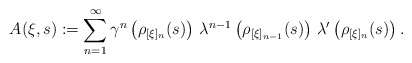
\begin{align*}A ( \xi, s ) := \sum _{n=1} ^\infty \gamma ^n \left( \rho _{[\xi] _n} (s) \right) \, \lambda ^{n-1} \left( \rho _{[\xi] _{n-1}} (s) \right) \, \lambda ' \left( \rho _{[\xi] _n} (s) \right) .\end{align*}